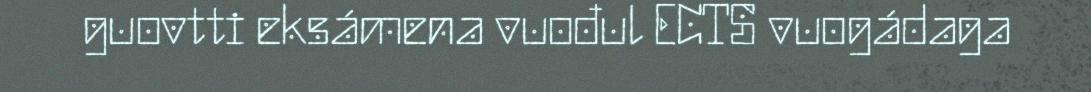
guovtti eksámena vuođul ECTS vuogádaga